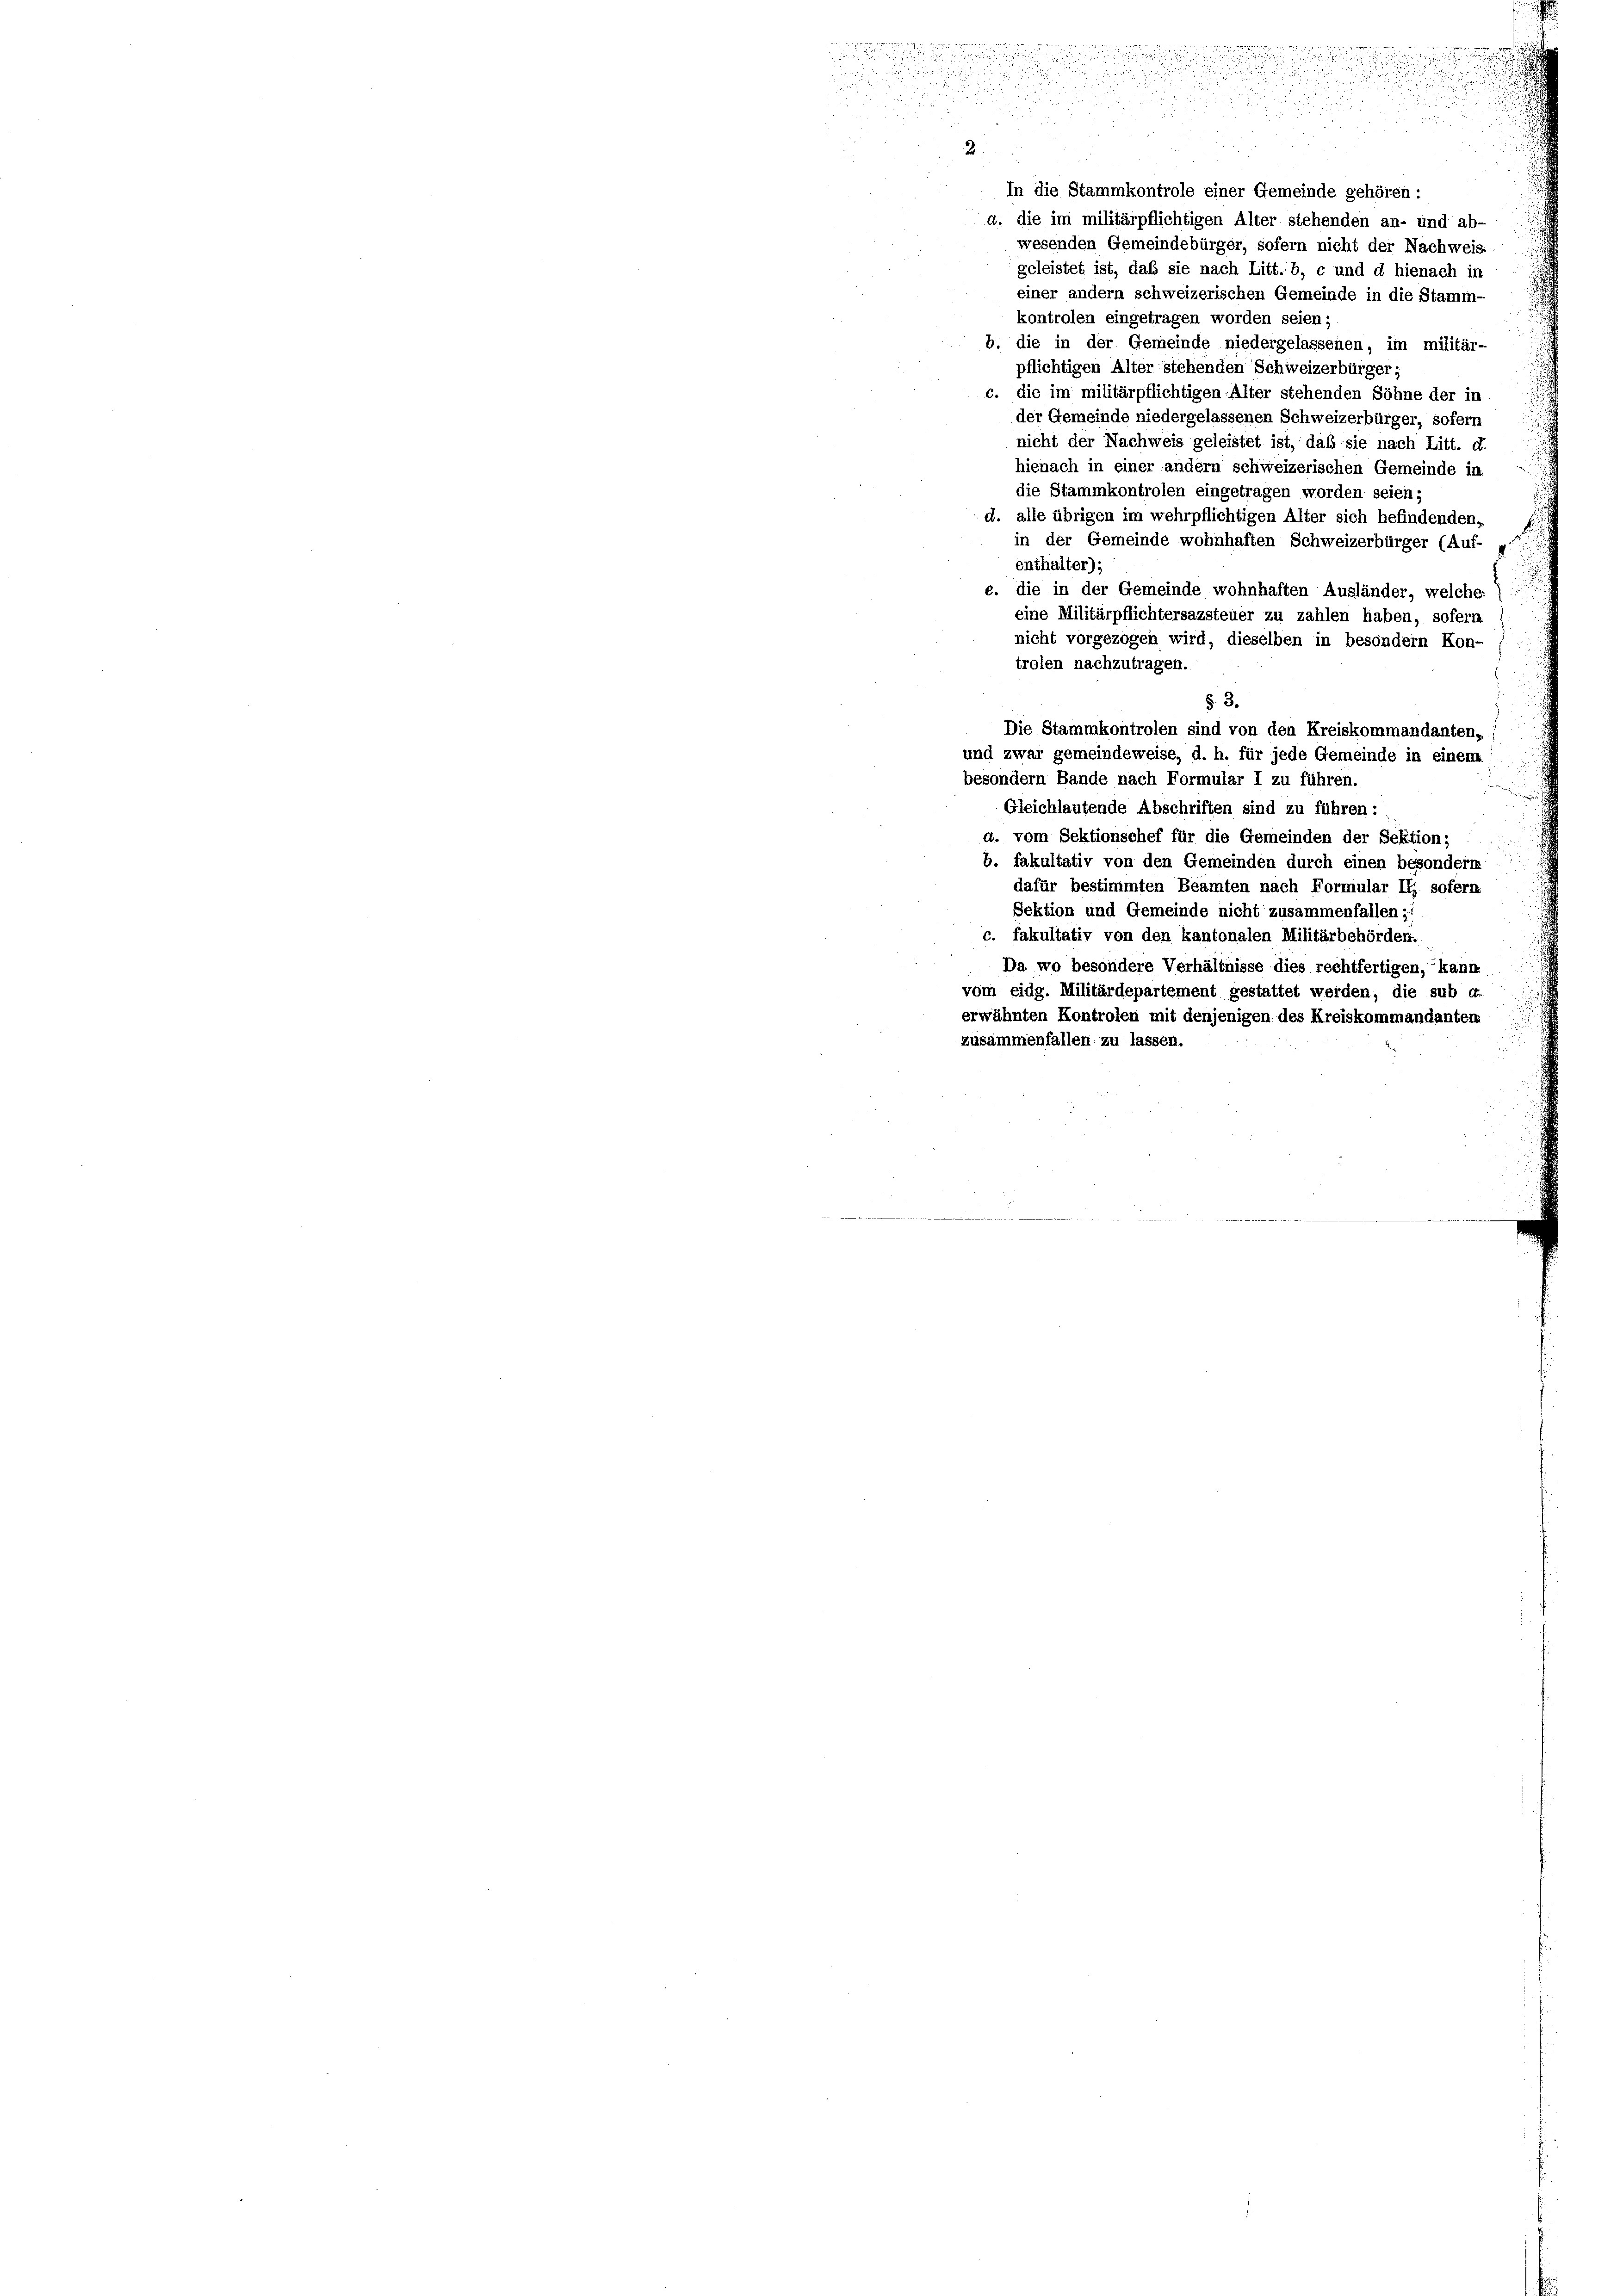
In die Stammkontrole einer Gemeinde gehören:
a. die im militärpflichtigen Alter stehenden an- und ab-
wesenden Gemeindebürger, sofern nicht der Nachweis
geleistet ist, daß sie nach Litt. b, c und d hienach in
einer andern schweizerischen Gemeinde in die Stamm-
kontrolen eingetragen worden seien;
b. die in der Gemeinde niedergelassenen, im militär-
pflichtigen Alter stehenden Schweizerbürger:
c. die im militärpflichtigen Alter stehenden Söhne der in
der Gemeinde niedergelassenen Schweizerbürger, sofern
nicht der Nachweis geleistet ist, daß sie nach Litt. d.
hienach in einer andern schweizerischen Gemeinde in
die Stammkontrolen eingetragen worden seien;
d. alle übrigen im wehrpflichtigen Alter sich hefindenden,
in der Gemeinde wohnhaften Schweizerbürger (Auf-
enthalter);
e. die in der Gemeinde wohnhaften Ausländer, welche
eine Militärpflichtersazsteuer zu zahlen haben, sofern
nicht vorgezogen wird, dieselben in besondern Kon-
trolen nachzutragen.
§. 3.
Die Stammkontrolen sind von den Kreiskommandanten,
und zwar gemeindeweise, d. h. für jede Gemeinde in einem
besondern Bande nach Formular I zu führen.
Gleichlautende Abschriften sind zu führen:
d. vom Sektionschef für die Gemeinden der Sektion;
b. fakultativ von den Gemeinden durch einen besondere
dafür bestimmten Beamten nach Formular II sofern
Sektion und Gemeinde nicht zusammenfallen ::
c. fakultativ von den kantonalen Militärbehörden.
Da wo besondere Verhältnisse dies rechtfertigen, kann
vom eidg. Militärdepartement gestattet werden, die sub a.
erwähnten Kontrolen mit denjenigen des Kreiskommandanten
zusammenfallen zu lassen.

e
2

.

.

u

d

d
2
2.